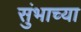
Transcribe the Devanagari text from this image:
सुंभाच्या